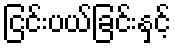
ငြင်းပယ်ခြင်းနှင့်